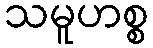
သမူဟစ္စ